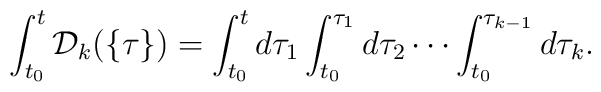
\int_{t_0}^{t}{\cal D}_k(\{\tau\})=\int_{t_0}^{t}d\tau_1\int_{t_0}^{\tau_1}d\tau_2\cdots\int_{t_0}^{\tau_{k-1}}d\tau_k.